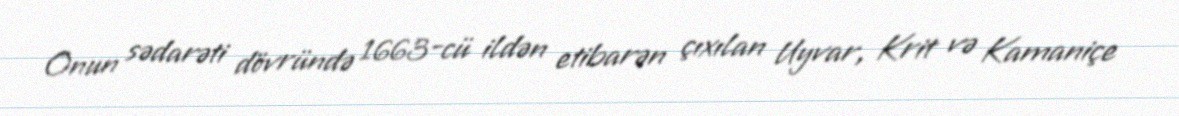
Onun sədarəti dövründə 1663-cü ildən etibarən çıxılan Uyvar, Krit və Kamaniçe